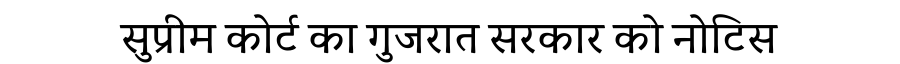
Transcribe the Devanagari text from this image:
सुप्रीम कोर्ट का गुजरात सरकार को नोटिस